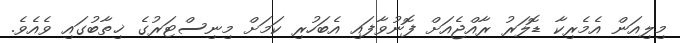
މިލިއަން އެމެރިކާ ޑޮލަރު ރާއްޖެއަށް ފޮނުވާފައި އެބަހުރި ކަމަށް މިނިސްޓަރުގެ ޚިތާބުގައި ވެއެވެ.